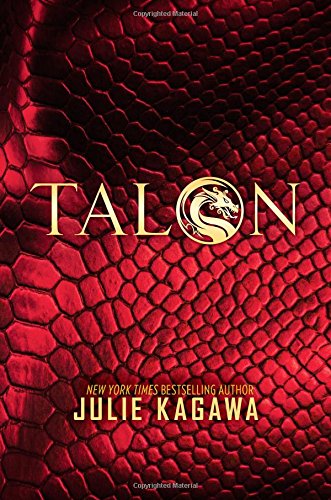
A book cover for Talon (The Talon Saga); Julie Kagawa; Teen & Young Adult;